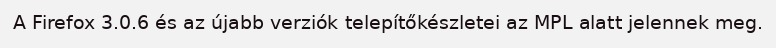
A Firefox 3.0.6 és az újabb verziók telepítőkészletei az MPL alatt jelennek meg.